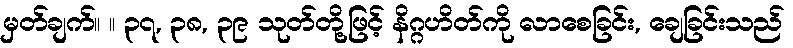
မှတ်ချက်။ ။ ၃၇, ၃၈, ၃၉ သုတ်တို့ဖြင့် နိဂ္ဂဟိတ်ကို လာစေခြင်း, ချေခြင်းသည်